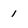
Character: 1